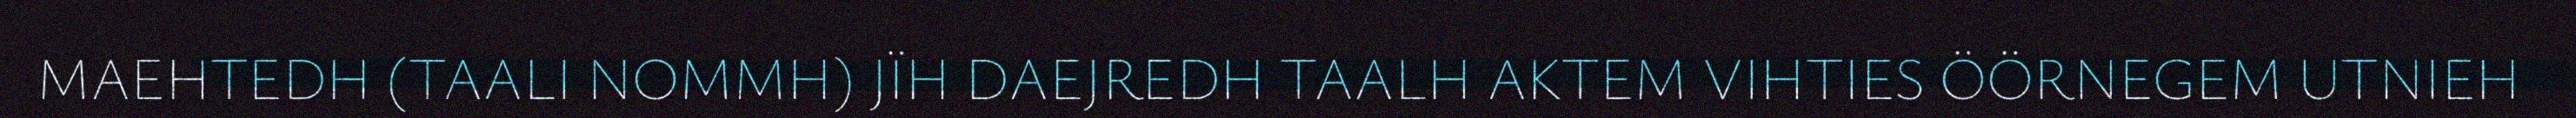
MAEHTEDH (TAALI NOMMH) JÏH DAEJREDH TAALH AKTEM VIHTIES ÖÖRNEGEM UTNIEH